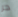
حر